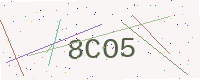
Text: 8CO5